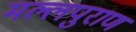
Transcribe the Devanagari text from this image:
मल्लपुराण